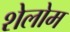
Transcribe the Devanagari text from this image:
शेलोम